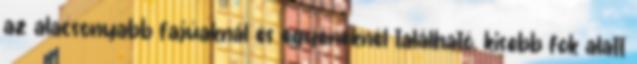
az alacsonyabb fajúaknál és egyéneknél található, kisebb fok alatt